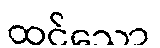
ထင်သော